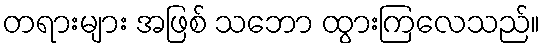
တရားများ အဖြစ် သဘော ထွားကြလေသည်။